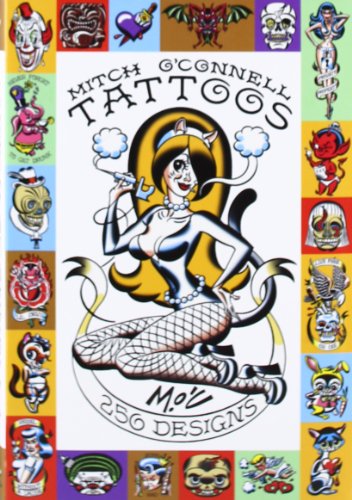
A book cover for Mitch O'connell: Tattoos; Arts & Photography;